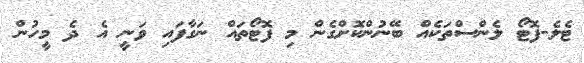
ޓެލެ-ފޮޓޯ ލެންސްތަކެއް ބޭނުންކޮށްގެން މި ފޮޓޯތައް ނަގާފައި ވަނީ އެ ދެ މީހުން